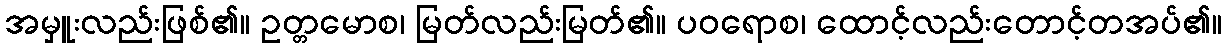
အမှူးလည်းဖြစ်၏။ ဥတ္တမောစ၊ မြတ်လည်းမြတ်၏။ ပဝရောစ၊ ထောင့်လည်းတောင့်တအပ်၏။